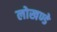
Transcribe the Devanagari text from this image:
लोखण्डे